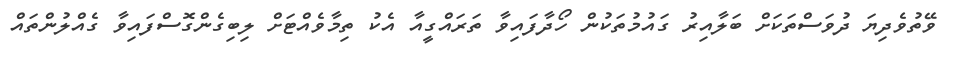
ވޭތުވެދިޔަ ދުވަސްތަކަށް ބަލާއިރު ގައުމުތަކުން ހޯދާފައިވާ ތަރައްގީއާ އެކު ތިމާވެއްޓަށް ލިބިގެންގޮސްފައިވާ ގެއްލުންތައް